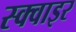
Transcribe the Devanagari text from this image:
स्क्वाइर